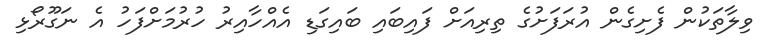
ވިލާތަކުން ފެށިގެން އުރަފަށުގެ ތިރިއަށް ފައިބައި ބައިގަޑި އެއްހާއިރު ހުރުމަށްފަހު އެ ނަގޫރޯޅި